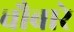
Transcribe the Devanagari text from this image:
चौबारे